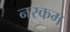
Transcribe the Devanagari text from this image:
नरकम